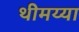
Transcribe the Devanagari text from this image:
थीमय्या